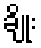
ချိုး